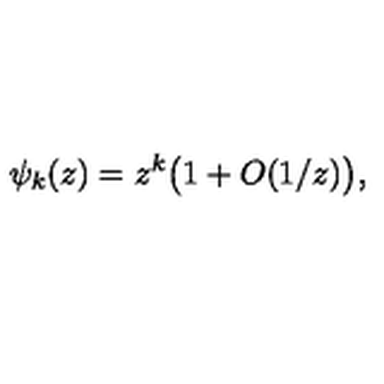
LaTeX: \psi _ { k } ( z ) = z ^ { k } \bigl ( 1 + O ( 1 / z ) \bigr ) ,